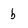
Character: b